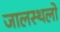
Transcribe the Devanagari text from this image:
जालस्थलो